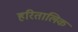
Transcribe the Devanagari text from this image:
हरितालिक